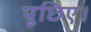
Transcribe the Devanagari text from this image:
पूछिए।